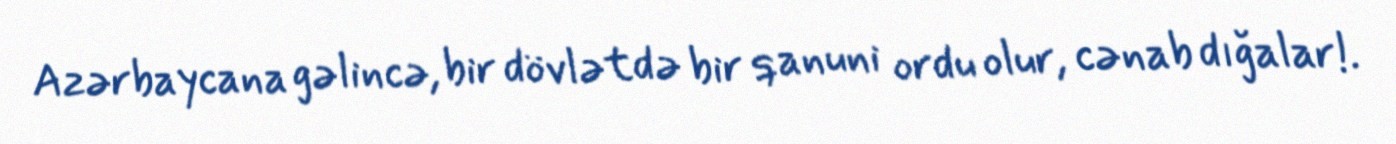
Azərbaycana gəlincə, bir dövlətdə bir qanuni ordu olur, cənab dığalar!.